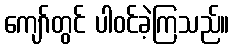
ကျော်တွင် ပါဝင်ခဲ့ကြသည်။